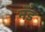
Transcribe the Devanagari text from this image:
नॅड